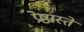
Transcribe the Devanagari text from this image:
प्रेष्ठास्ते